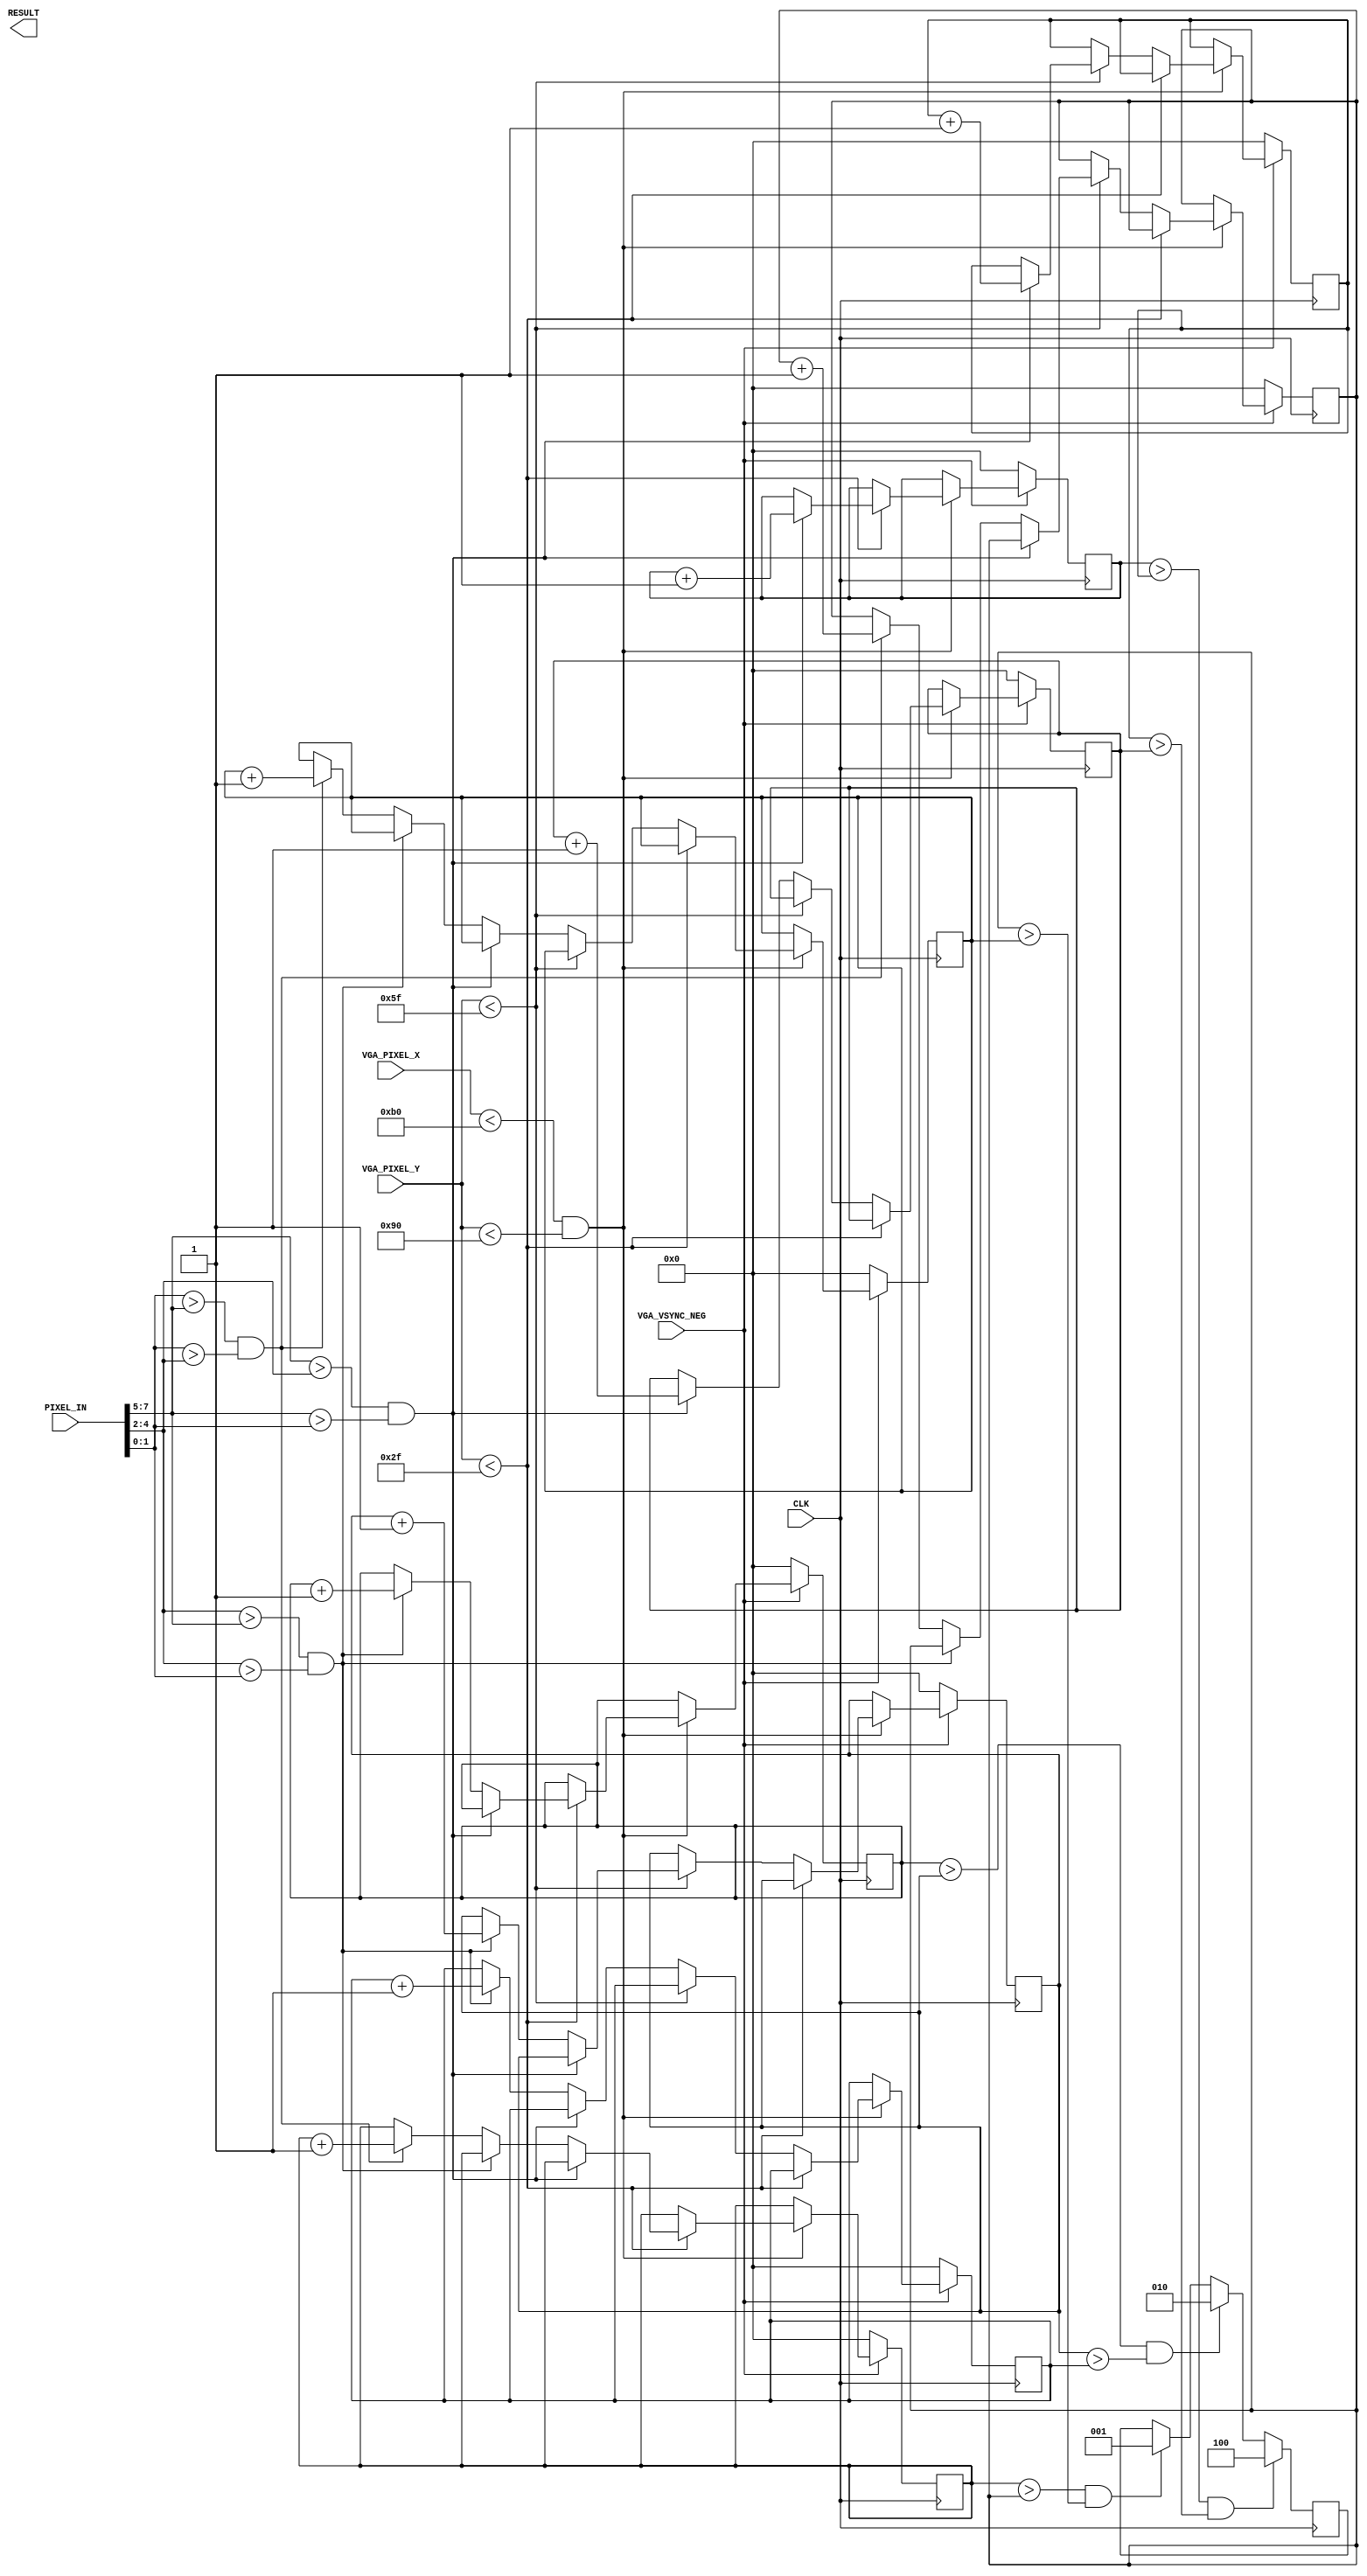
`define SCREEN_WIDTH 176
`define SCREEN_HEIGHT 144
`define NUM_BARS 3
`define BAR_HEIGHT 48

module IMAGE_PROCESSOR (
	PIXEL_IN,
	CLK,
	VGA_PIXEL_X,
	VGA_PIXEL_Y,
	VGA_VSYNC_NEG,
	RESULT
);


//=======================================================
//  PARAMETER declarations
//=======================================================
localparam square_thresh = 1056;
localparam y_bound_0 = 47;
localparam y_bound_1 = 95;
localparam y_bound_2 = 143;

//=======================================================
//  PORT declarations
//=======================================================
input	[7:0]	PIXEL_IN;
input 		CLK;

input [9:0] VGA_PIXEL_X;
input [9:0] VGA_PIXEL_Y;
input			VGA_VSYNC_NEG;

output [8:0] RESULT;

reg [13:0] RGB_pixel_count [`NUM_BARS-1:0][2:0]; // [ROW][R | G | B ]
//reg [13:0] pixel_counter;
//reg [1:0]  bar_counter;

reg [2:0] triangle_detect;
reg [2:0] square_detect;
reg [2:0] circle_detect;

assign RESULT = {triangle_detect[2:0], square_detect[2:0], circle_detect[2:0]};

wire[2:0] r_val,
			 g_val,
			 b_val;
			 
assign r_val = PIXEL_IN[7:5];
assign g_val = PIXEL_IN[4:2];
assign b_val = {1'b0, PIXEL_IN[1:0]};

//=======================================================
//  UPDATE PIXEL COUNT
//=======================================================
always @ (posedge CLK)begin
		if(VGA_VSYNC_NEG == 1'b0)begin
				RGB_pixel_count [2][2] <= 14'd0;
				RGB_pixel_count [2][1] <= 14'd0;
				RGB_pixel_count [2][0] <= 14'd0;
				RGB_pixel_count [1][2] <= 14'd0;
				RGB_pixel_count [1][1] <= 14'd0;
				RGB_pixel_count [1][0] <= 14'd0;
				RGB_pixel_count [0][2] <= 14'd0;
				RGB_pixel_count [0][1] <= 14'd0;
				RGB_pixel_count [0][0] <= 14'd0;
		end
		
		else if(VGA_PIXEL_X < `SCREEN_WIDTH && VGA_PIXEL_Y < `SCREEN_HEIGHT)begin
				if( VGA_PIXEL_Y < y_bound_0 )begin
						if(r_val > g_val && r_val > b_val) RGB_pixel_count [2][2] <= RGB_pixel_count[2][2] + 14'd1;			//TOP  ROW
						else if(g_val > r_val && g_val > b_val) RGB_pixel_count [2][1] <= RGB_pixel_count [2][1] + 14'd1;
						else if(b_val > r_val && b_val > g_val) RGB_pixel_count [2][0] <= RGB_pixel_count [2][0] + 14'd1;
				end 
				else if( VGA_PIXEL_Y < y_bound_1 )begin
						if(r_val > g_val && r_val > b_val) RGB_pixel_count [1][2] <= RGB_pixel_count[1][2] + 14'd1;			
						else if(g_val > r_val && g_val > b_val) RGB_pixel_count [1][1] <= RGB_pixel_count [1][1] + 14'd1;
						else if(b_val > r_val && b_val > g_val) RGB_pixel_count [1][0] <= RGB_pixel_count [1][0] + 14'd1;
				end
				else begin
						if(r_val > g_val && r_val > b_val) RGB_pixel_count [0][2] <= RGB_pixel_count[0][2] + 14'd1;			//BOTTOM ROW
						else if(g_val > r_val && g_val > b_val) RGB_pixel_count [0][1] <= RGB_pixel_count [0][1] + 14'd1;
						else if(b_val > r_val && b_val > g_val) RGB_pixel_count [0][0] <= RGB_pixel_count [0][0] + 14'd1;
				end
		end
		
		// RED TRIANGLE
		if (RGB_pixel_count[2][2] > RGB_pixel_count [1][2] && RGB_pixel_count [1][2] > RGB_pixel_count[0][2])begin
			triangle_detect <= 3'b100; 
		end
		// BLUE TRIANGLE
		else if (RGB_pixel_count[2][1] > RGB_pixel_count [1][1] && RGB_pixel_count [1][1] > RGB_pixel_count[0][1])begin
			triangle_detect <= 3'b010; 
		end
		// GREEN TRIANGLE
		else if (RGB_pixel_count[2][0] > RGB_pixel_count [1][0] && RGB_pixel_count [1][0] > RGB_pixel_count[0][0])begin
			triangle_detect <= 3'b001; 
		end
end
		
//		if(pixel_counter == (`SCREEN_WIDTH * `BAR_HEIGHT - 14'd1))begin
//				(bar_counter == NUM_BARS-2'd1) ? bar_counter <= 2'd0 : bar_counter <= bar_counter + 2'd1;
//				pixel_counter <= 14'd0;
//		end
//		else pixel_counter<= pixel_counter + 14'd1;


endmodule